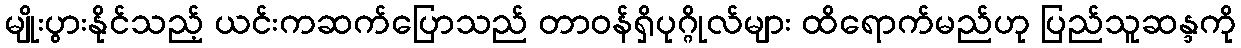
မျိုးပွားနိုင်သည့် ယင်းကဆက်ပြောသည် တာ၀န်ရှိပုဂ္ဂိုလ်များ ထိရောက်မည်ဟု ပြည်သူဆန္ဒကို